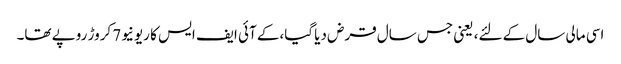
اسی مالی سال کے لئے، یعنی جس سال قرض دیا گیا،کے آئی ایف ایس کا ریونیو7 کروڑ روپے تھا۔